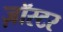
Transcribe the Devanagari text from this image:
ज़ॉस्टर